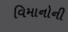
વિમાનોની